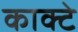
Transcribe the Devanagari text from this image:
काक्टे